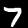
Label: 7